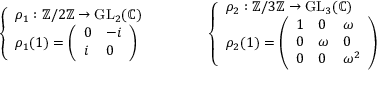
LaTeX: { \left\{ \begin{array} { l l } { \rho _ { 1 } : \mathbb { Z } / 2 \mathbb { Z } \to { \mathrm { G L } } _ { 2 } ( \mathbb { C } ) } \\ { \rho _ { 1 } ( 1 ) = { \left( \begin{array} { l l } { 0 } & { - i } \\ { i } & { 0 } \end{array} \right) } } \end{array} \right. } \qquad \qquad { \left\{ \begin{array} { l l } { \rho _ { 2 } : \mathbb { Z } / 3 \mathbb { Z } \to { \mathrm { G L } } _ { 3 } ( \mathbb { C } ) } \\ { \rho _ { 2 } ( 1 ) = { \left( \begin{array} { l l l } { 1 } & { 0 } & { \omega } \\ { 0 } & { \omega } & { 0 } \\ { 0 } & { 0 } & { \omega ^ { 2 } } \end{array} \right) } } \end{array} \right. }